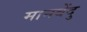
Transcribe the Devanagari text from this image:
मानबेंदु